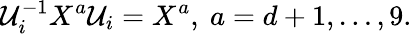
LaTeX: {\cal U}_{i}^{-1}X^{a}{\cal U}_{i}=X^{a},~a=d+1,\ldots,9.